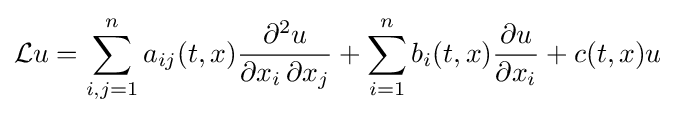
{\mathcal {L}}u=\sum _{i,j=1}^{n}a_{ij}(t,x){\frac {\partial ^{2}u}{\partial x_{i}\,\partial x_{j}}}+\sum _{i=1}^{n}b_{i}(t,x){\frac {\partial u}{\partial x_{i}}}+c(t,x)u